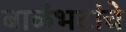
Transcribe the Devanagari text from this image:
बाळंभटांचे